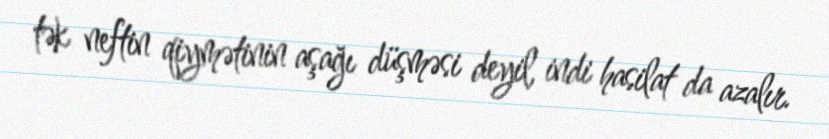
tək neftin qiymətinin aşağı düşməsi deyil, indi hasilat da azalır.